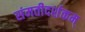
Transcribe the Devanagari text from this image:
संमतीदर्शकम्